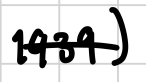
Text: 1939)
Cross-out: single-line
Writing tool: digital_black